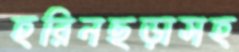
হরিনছড়াসহ